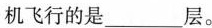
机飞行的是___层。